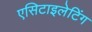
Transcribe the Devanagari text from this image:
एसिटाइलेटिंग